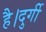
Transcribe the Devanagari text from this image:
है।दुर्गी